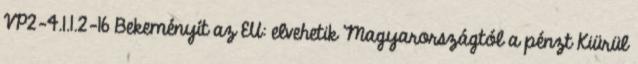
VP2-4.1.1.2-16 Bekeményít az EU: elvehetik Magyarországtól a pénzt Kiürül